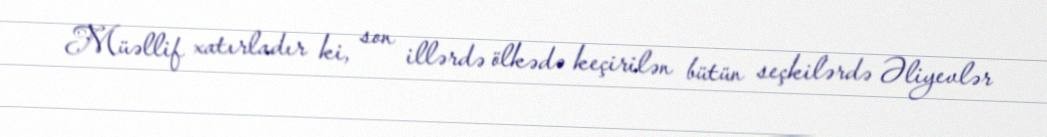
Müəllif xatırladır ki, son illərdə ölkədə keçirilən bütün seçkilərdə Əliyevlər